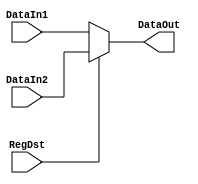
`timescale 1ns / 1ps
//////////////////////////////////////////////////////////////////////////////////
// Company: 
// Engineer: 
// 
// Design Name: 
// Module Name: Multiplexer5
// Project Name: 
// Target Devices: 
// Tool Versions: 
// Description: 
// 
// Dependencies: 
// 
// Revision:
// Revision 0.01 - File Created
// Additional Comments:
// 
//////////////////////////////////////////////////////////////////////////////////


module Multiplexer5(    //5
    input RegDst,       //21
    input [4:0]DataIn1,
    input [4:0]DataIn2,
    output [4:0]DataOut
    );
    
    assign DataOut = RegDst ? DataIn2 : DataIn1;
endmodule